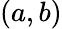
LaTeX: (a,b)